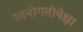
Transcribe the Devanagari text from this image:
ध्वनीगतीपेक्षा